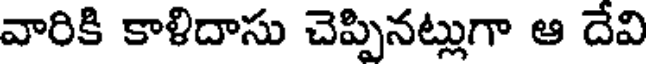
వారికి కాళిదాసు చెప్పినట్లుగా ఆ దేవి